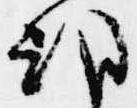
朝